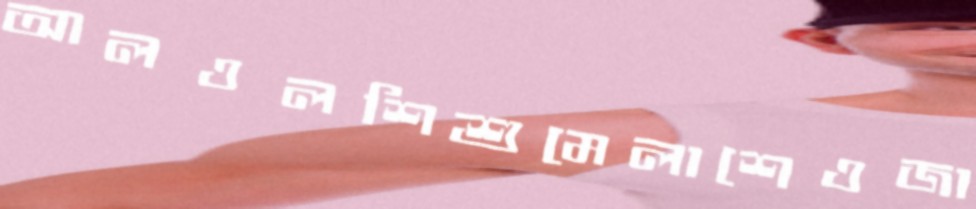
আলওলশিশুমেলাশেওজা